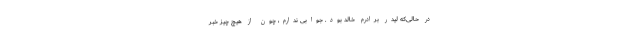
در حالی‌که لیدر برادرم خالد بود. جوابی ندارم، چون از هیچ چیز خبر